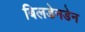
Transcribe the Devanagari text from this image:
बिलडेनडेन